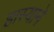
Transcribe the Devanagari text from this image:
हास्याने